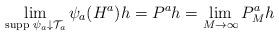
LaTeX: \begin{align*}\lim_{\mbox{\scriptsize supp }\psi_a\downarrow \mathcal{T}_a}\psi_a(H^a)h=P^ah=\lim_{M\to\infty}P^a_Mh\end{align*}